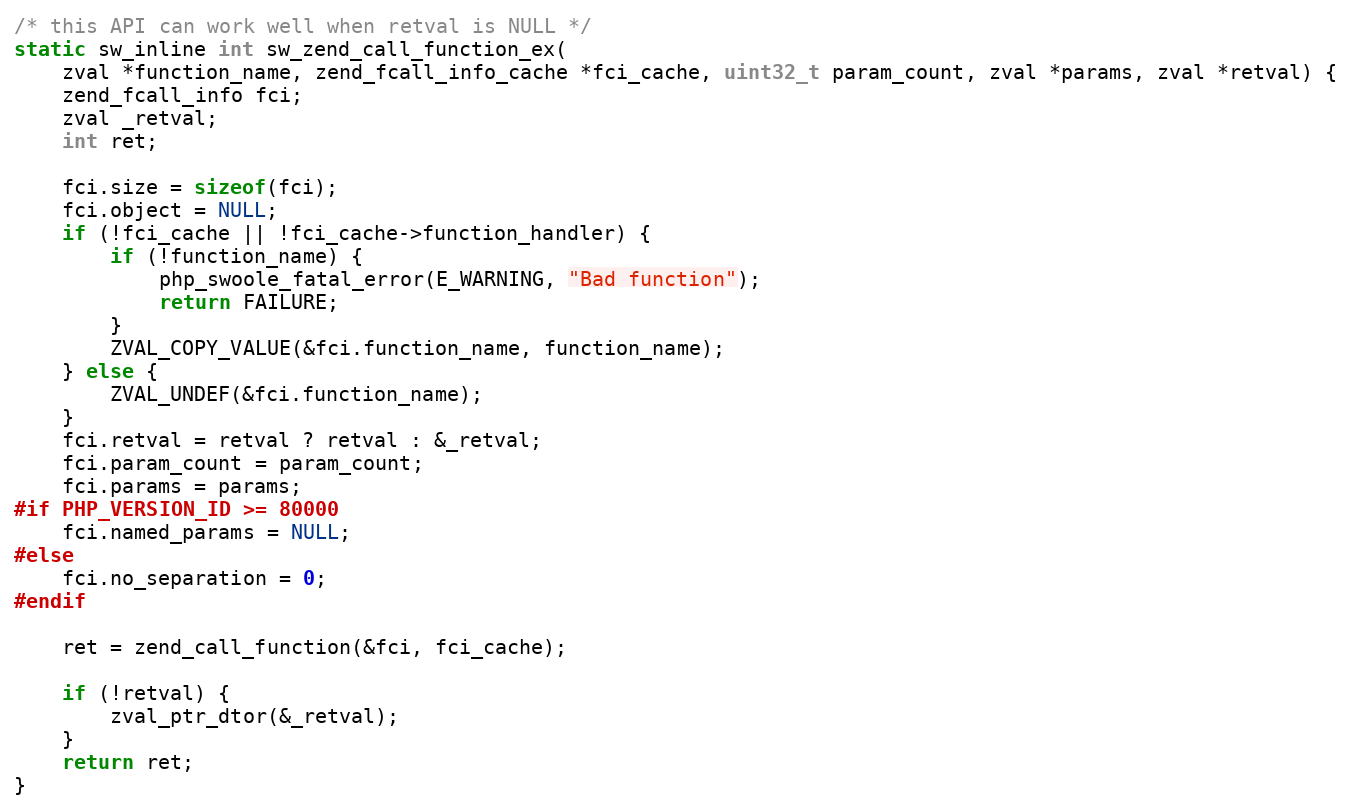
Language: C
/* this API can work well when retval is NULL */
static sw_inline int sw_zend_call_function_ex(
    zval *function_name, zend_fcall_info_cache *fci_cache, uint32_t param_count, zval *params, zval *retval) {
    zend_fcall_info fci;
    zval _retval;
    int ret;

    fci.size = sizeof(fci);
    fci.object = NULL;
    if (!fci_cache || !fci_cache->function_handler) {
        if (!function_name) {
            php_swoole_fatal_error(E_WARNING, "Bad function");
            return FAILURE;
        }
        ZVAL_COPY_VALUE(&fci.function_name, function_name);
    } else {
        ZVAL_UNDEF(&fci.function_name);
    }
    fci.retval = retval ? retval : &_retval;
    fci.param_count = param_count;
    fci.params = params;
#if PHP_VERSION_ID >= 80000
    fci.named_params = NULL;
#else
    fci.no_separation = 0;
#endif

    ret = zend_call_function(&fci, fci_cache);

    if (!retval) {
        zval_ptr_dtor(&_retval);
    }
    return ret;
}